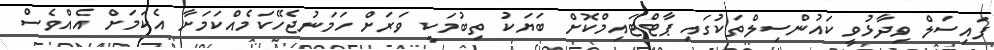
ފައިސަލް ވިދާޅުވީ ކައުންސިލްތަކުގައި ޕާޓްޓައިމްކޮށް ބަޔަކު ތިބުމަކީ ވަރަށް ހަމަނުޖެހޭކަމެއްކަމަށާ އެކަމަށް އެއްވެސް